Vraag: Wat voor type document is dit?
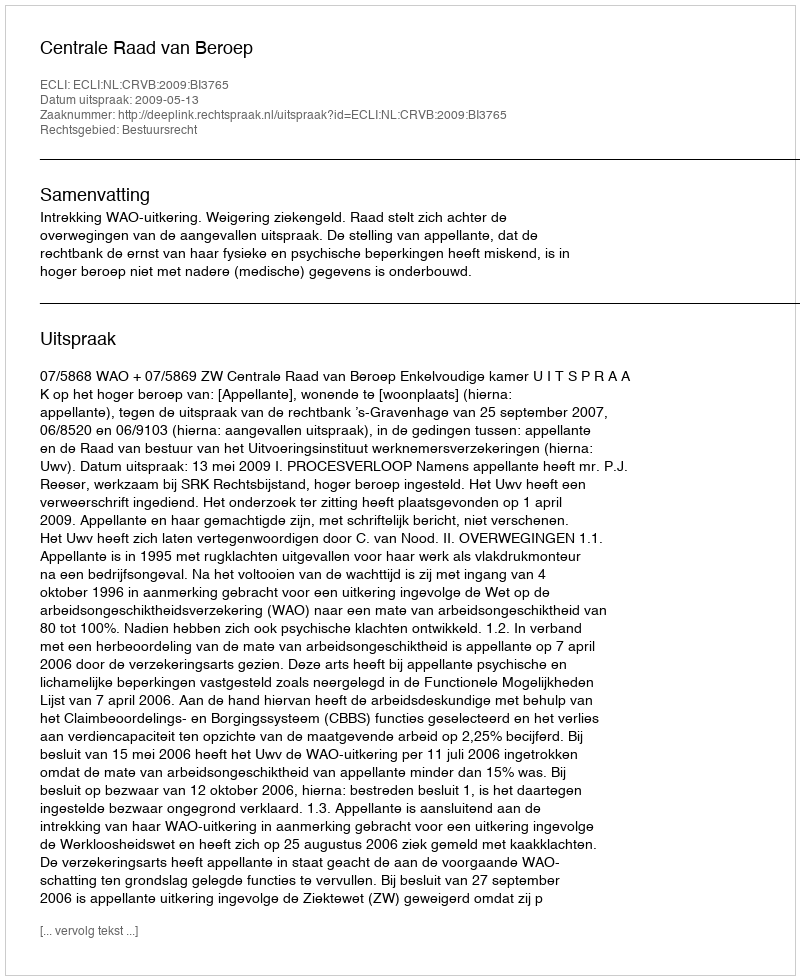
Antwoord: Uitspraak